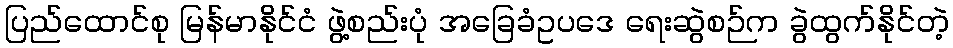
ပြည်ထောင်စု မြန်မာနိုင်ငံ ဖွဲ့စည်းပုံ အခြေခံဥပဒေ ရေးဆွဲစဉ်က ခွဲထွက်နိုင်တဲ့